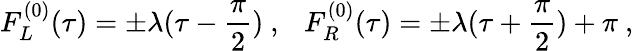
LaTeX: F_{L}^{(0)}(\tau)=\pm\lambda(\tau-\frac{\pi}{2})\ ,~~~F_{R}^{(0)}(\tau)=\pm\lambda(\tau+\frac{\pi}{2})+\pi\ ,